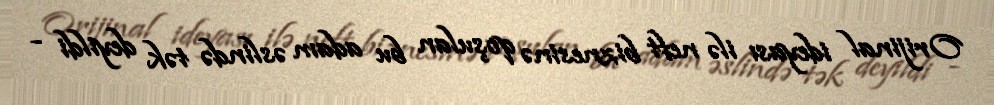
Orijinal ideyası ilə neft biznesinə qoşulan bu adam əslində tək deyildi -